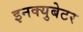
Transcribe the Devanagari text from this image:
इनक्युबेटर